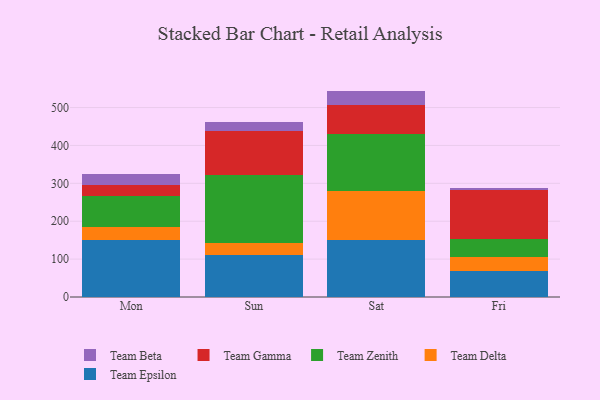
{"axis": {"x": "Day", "y": "Tickets Resolved"}, "legend": ["Team Beta", "Team Delta", "Team Epsilon", "Team Gamma", "Team Zenith"], "data": [{"x": "Mon", "y": 149.4, "type": "Team Epsilon"}, {"x": "Mon", "y": 34.6, "type": "Team Delta"}, {"x": "Mon", "y": 83.7, "type": "Team Zenith"}, {"x": "Mon", "y": 27.3, "type": "Team Gamma"}, {"x": "Mon", "y": 29.2, "type": "Team Beta"}, {"x": "Sun", "y": 111.8, "type": "Team Epsilon"}, {"x": "Sun", "y": 32.0, "type": "Team Delta"}, {"x": "Sun", "y": 178.2, "type": "Team Zenith"}, {"x": "Sun", "y": 115.6, "type": "Team Gamma"}, {"x": "Sun", "y": 24.8, "type": "Team Beta"}, {"x": "Sat", "y": 150.0, "type": "Team Epsilon"}, {"x": "Sat", "y": 130.3, "type": "Team Delta"}, {"x": "Sat", "y": 151.2, "type": "Team Zenith"}, {"x": "Sat", "y": 74.4, "type": "Team Gamma"}, {"x": "Sat", "y": 38.2, "type": "Team Beta"}, {"x": "Fri", "y": 68.1, "type": "Team Epsilon"}, {"x": "Fri", "y": 38.5, "type": "Team Delta"}, {"x": "Fri", "y": 45.8, "type": "Team Zenith"}, {"x": "Fri", "y": 129.3, "type": "Team Gamma"}, {"x": "Fri", "y": 7.2, "type": "Team Beta"}]}